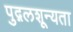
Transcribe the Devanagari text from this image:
पुद्गलशून्यता